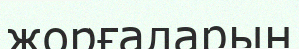
жорғаларын